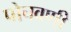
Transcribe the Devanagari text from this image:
पोचवणी